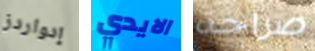
إدواردز الايدي صراحة